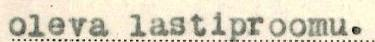
oleva lastiproomu.